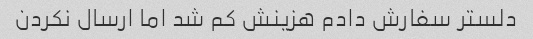
دلستر سفارش دادم هزینش کم شد اما ارسال نکردن